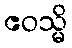
ဧဝသ္မိ